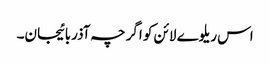
اس ریلوے لائن کو اگرچہ آذربائیجان۔